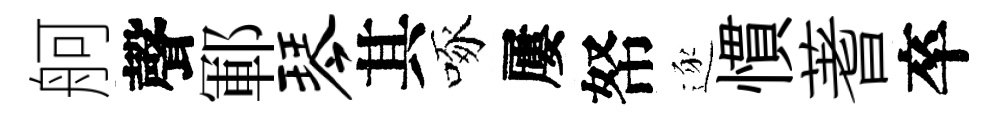
舸聲鄆琴其啄屢帑逐慣蓍卒